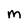
Character: M